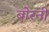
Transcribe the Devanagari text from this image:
बोरनी